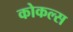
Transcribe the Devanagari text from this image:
कोकल्स